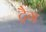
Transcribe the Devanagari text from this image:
ट्रैग